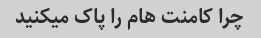
چرا کامنت هام را پاک میکنید